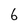
Character: 6